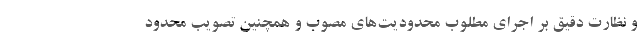
و نظارت دقیق بر اجرای مطلوب محدودیت‌های مصوب و همچنین تصویب محدود